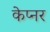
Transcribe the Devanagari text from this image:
केप्नर